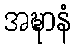
အဍ္ဎာနံ